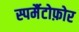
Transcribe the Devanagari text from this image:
स्पर्मैटोफ़ोर